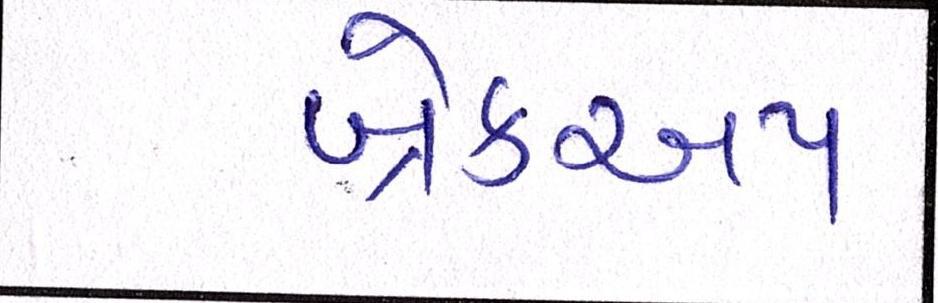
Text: બ્રેકઅપ